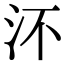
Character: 㳅